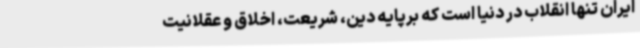
ایران تنها انقلاب در دنیا است که برپایه دین، شریعت، اخلاق و عقلانیت